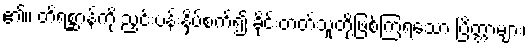
၏။ တိရစ္ဆာန်ကို ညှင်းပန်းနှိပ်စက်၍ ခိုင်းတတ်သူတို့ဖြစ်ကြရသော ပြိတ္တာများ၊